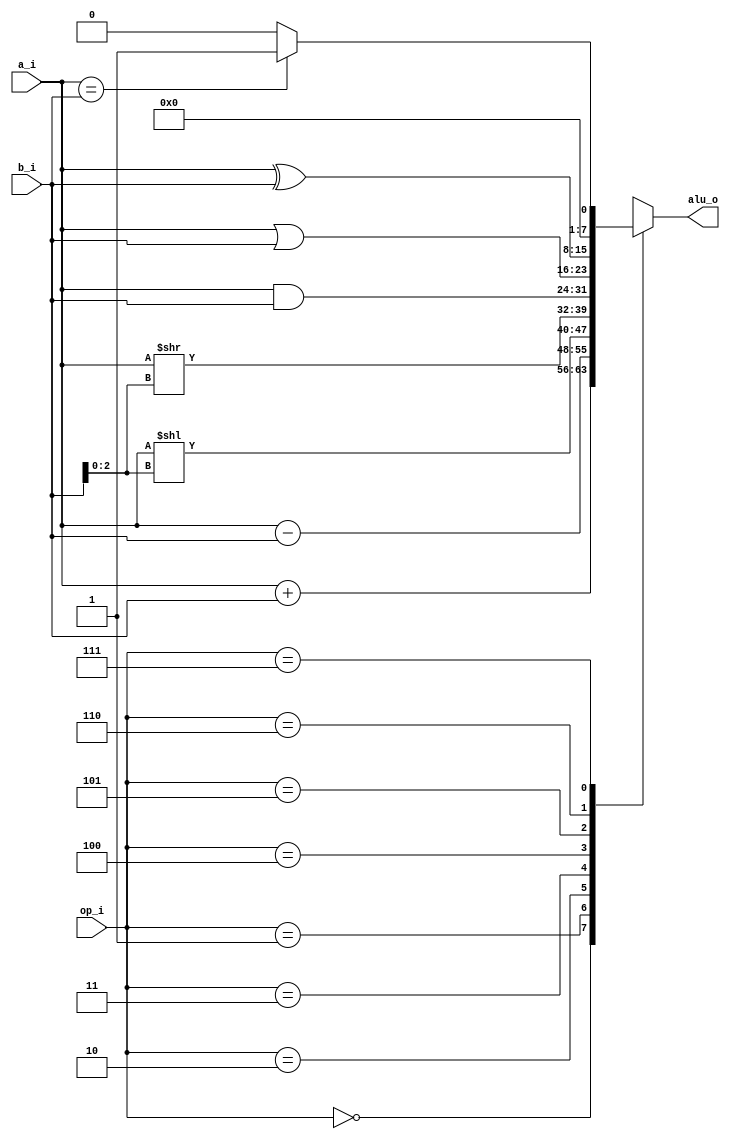
`timescale 1ns / 1ps
//////////////////////////////////////////////////////////////////////////////////
// Company: 
// Engineer: 
// 
// Design Name: 
// Module Name: ALU_8bit
// Project Name: 
// Target Devices: 
// Tool Versions: 
// Description: 
// 
// Dependencies: 
// 
// Revision:
// Revision 0.01 - File Created
// Additional Comments:
// 
//////////////////////////////////////////////////////////////////////////////////


module ALU_8bit(
input [7:0]a_i,
input[7:0]b_i,
input[2:0]op_i,
output reg[7:0]alu_o
    );


always @(*)
begin
case(op_i)
3'b000: alu_o = (a_i + b_i ); // addition
3'b001: alu_o = (a_i - b_i); //
3'b010: alu_o = a_i[7:0] << b_i[2:0] ; //left shift of b[2:0]
3'b011: alu_o = a_i[7:0] >> b_i[2:0] ; //right shift of b[2:0]
3'b100: alu_o = a_i & b_i ; //AND operation
3'b101: alu_o = a_i | b_i ;//OR operation
3'b110: alu_o = a_i ^ b_i ;//XOR operation
3'b111: 
begin
        if(a_i == b_i)
        begin
        alu_o = 8'b00000001;
        end
        else
        begin
        alu_o = 8'b00000000;
        end
        
    end    
    default:alu_o =8'b00000000;
endcase
end
endmodule